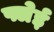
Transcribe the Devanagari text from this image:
फ्लेई